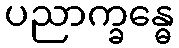
ပညာက္ခန္ဓေ